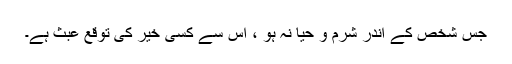
جس شخص کے اندر شرم و حیا نہ ہو ، اس سے کسی خیر کی توقع عبث ہے۔